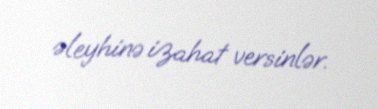
əleyhinə izahat versinlər.